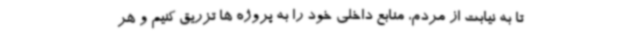
تا به نیابت از مردم، منابع داخلی خود را به پروژه ها تزریق کنیم و هر